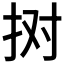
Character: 𢫊